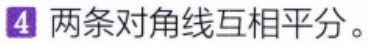
两条对角线互相平分。